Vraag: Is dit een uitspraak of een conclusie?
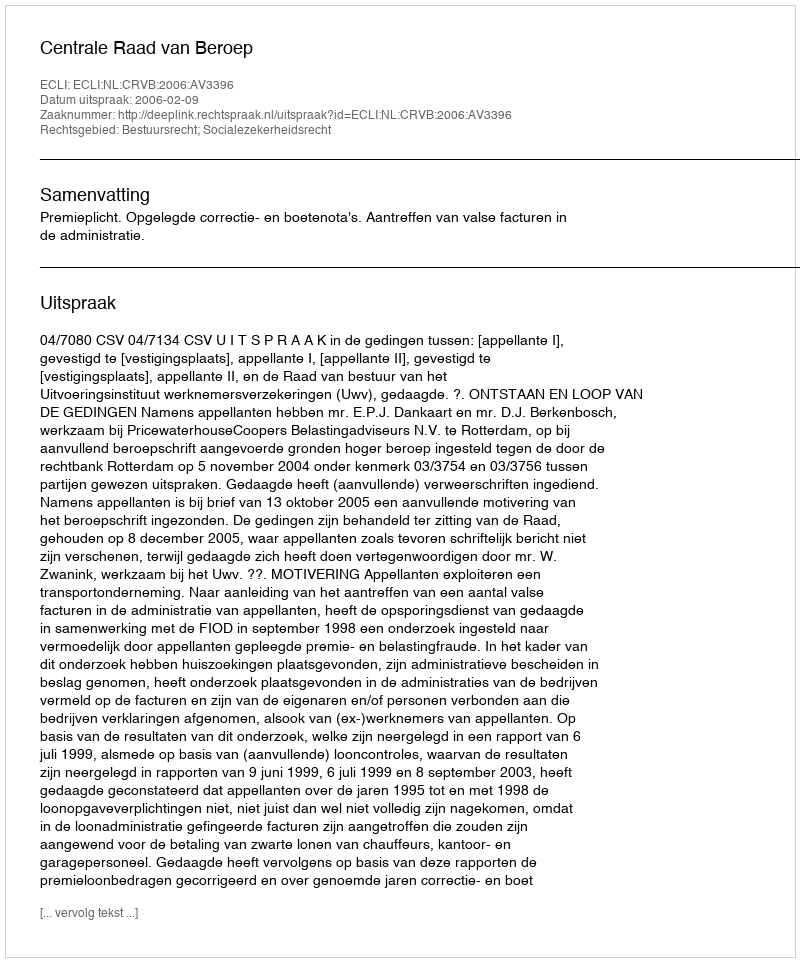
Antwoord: Uitspraak